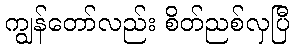
ကျွန်တော်လည်း စိတ်ညစ်လှပြီ